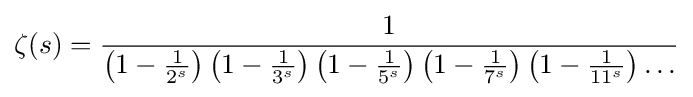
\zeta (s)={\frac {1}{\left(1-{\frac {1}{2^{s}}}\right)\left(1-{\frac {1}{3^{s}}}\right)\left(1-{\frac {1}{5^{s}}}\right)\left(1-{\frac {1}{7^{s}}}\right)\left(1-{\frac {1}{11^{s}}}\right)\ldots }}